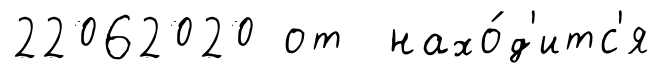
22062020 от нахо́д'итс'я